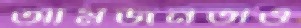
আমজনতাও